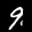
Label: 9